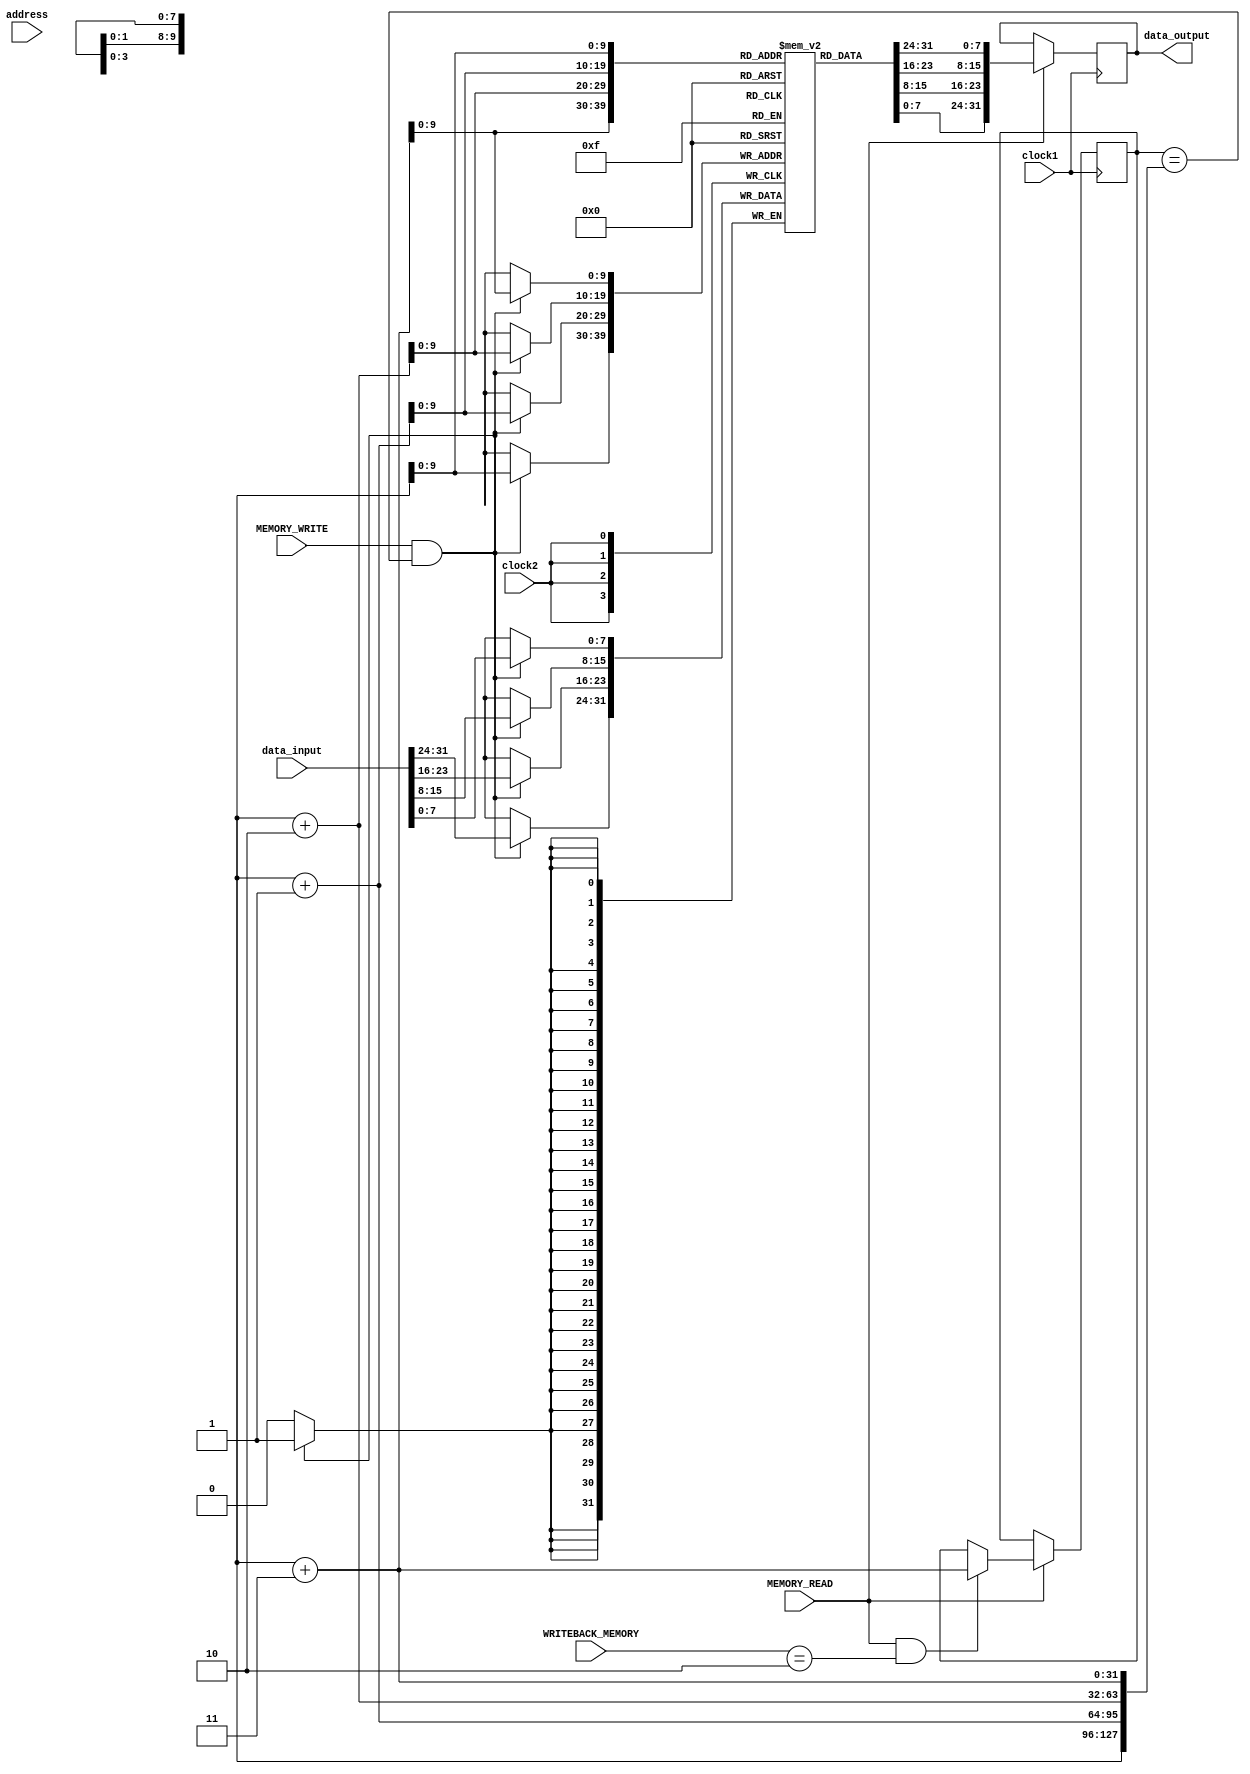
module data_memory(clock1, clock2, address, data_input, data_output, MEMORY_READ, MEMORY_WRITE, WRITEBACK_MEMORY);
    input clock1, clock2, MEMORY_READ, MEMORY_WRITE;
    input [1:0] WRITEBACK_MEMORY;
    input [31:0] address, data_input;

    output reg [31:0] data_output;

    wire [31:0] address_line;
    reg [31:0] link;
    reg [7:0] data_mem [0:1023];

    integer i;

    initial begin
      for (i=0; i <= 1023; i=i+1)
        data_mem[i] <= 0;
    end

    always @(posedge clock1) begin
      if (MEMORY_READ) begin
        data_output = {data_mem[address_line], data_mem[address_line + 1], data_mem[address_line +2], data_mem[address_line + 3]};
        if (MEMORY_READ && WRITEBACK_MEMORY == 2'b10)
          link = {address_line, address_line + 1, address_line + 2, address_line + 3};
      end
    end
    always @(posedge clock2) begin
      if (MEMORY_WRITE && link == {address_line, address_line + 1, address_line + 2, address_line + 3})
      begin
        {data_mem[address_line], data_mem[address_line + 1], data_mem[address_line +2], data_mem[address_line + 3]} <= data_input;
      end
    end
endmodule